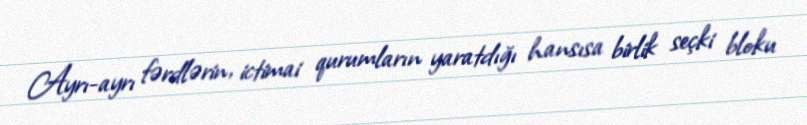
Ayrı-ayrı fərdlərin, ictimai qurumların yaratdığı hansısa birlik seçki bloku